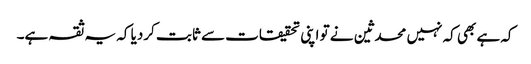
کہ ہے بھی کہ نہیں محدثین نے تو اپنی تحقیقات سے ثابت کردیا کہ یہ ثقہ ہے۔